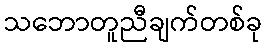
သဘောတူညီချက်တစ်ခု